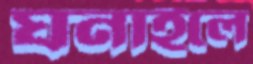
ঘনাইলে